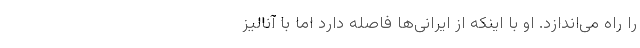
را راه می‌اندازد. او با اینکه از ایرانی‌ها فاصله دارد اما با آنالیز